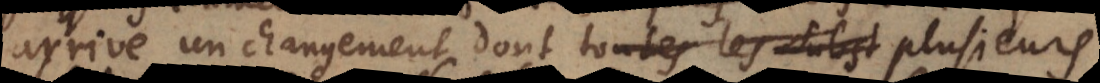
arrive un changement dont toutes les subs plusieurs